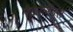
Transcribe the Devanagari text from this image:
नेदरलैंडस